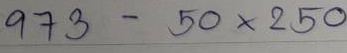
973 - 50 x 250